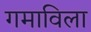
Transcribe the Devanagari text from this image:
गमाविला